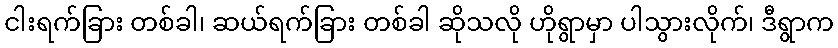
ငါးရက်ခြား တစ်ခါ၊ ဆယ်ရက်ခြား တစ်ခါ ဆိုသလို ဟိုရွာမှာ ပါသွားလိုက်၊ ဒီရွာက